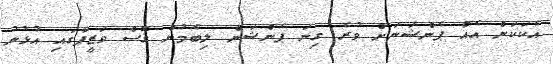
އެކަކަށް އެއް ޕެންޝަނަށް ވުރެ ގިނަ ޕެންޝަން ލިބެމުން ގޮސް ވަޒީފާގައި އުޅުނު